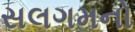
સલગમનો